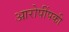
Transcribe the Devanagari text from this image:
आरोपींपकी